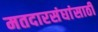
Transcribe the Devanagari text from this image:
मतदारसंघांसाठी